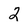
Character: 2